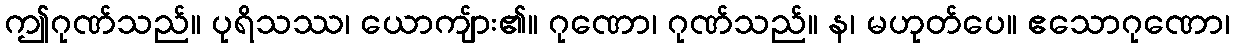
ဤဂုဏ်သည်။ ပုရိသဿ၊ ယောကျ်ား၏။ ဂုဏော၊ ဂုဏ်သည်။ န၊ မဟုတ်ပေ။ ဧသောဂုဏော၊